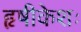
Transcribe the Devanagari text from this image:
हृषीकेशः